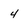
Character: 4